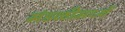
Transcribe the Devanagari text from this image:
मंडळीमध्यें